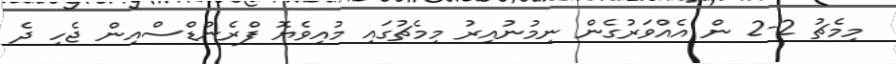
މިމެޗު 2-2 ން އެެއްވަރުގެން ނިމުނުއިރު މިމެޗުގައި މުއިވެޔޮ ފްރެންޑްސްއިން ޖެހި ދެ